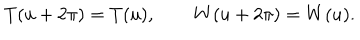
T ( u + 2 \pi ) = T ( u ) , \qquad W ( u + 2 \pi ) = W ( u ) .